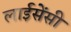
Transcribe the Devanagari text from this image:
लाईसेंसी